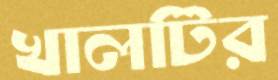
খালটির